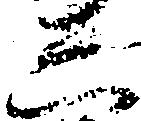
し